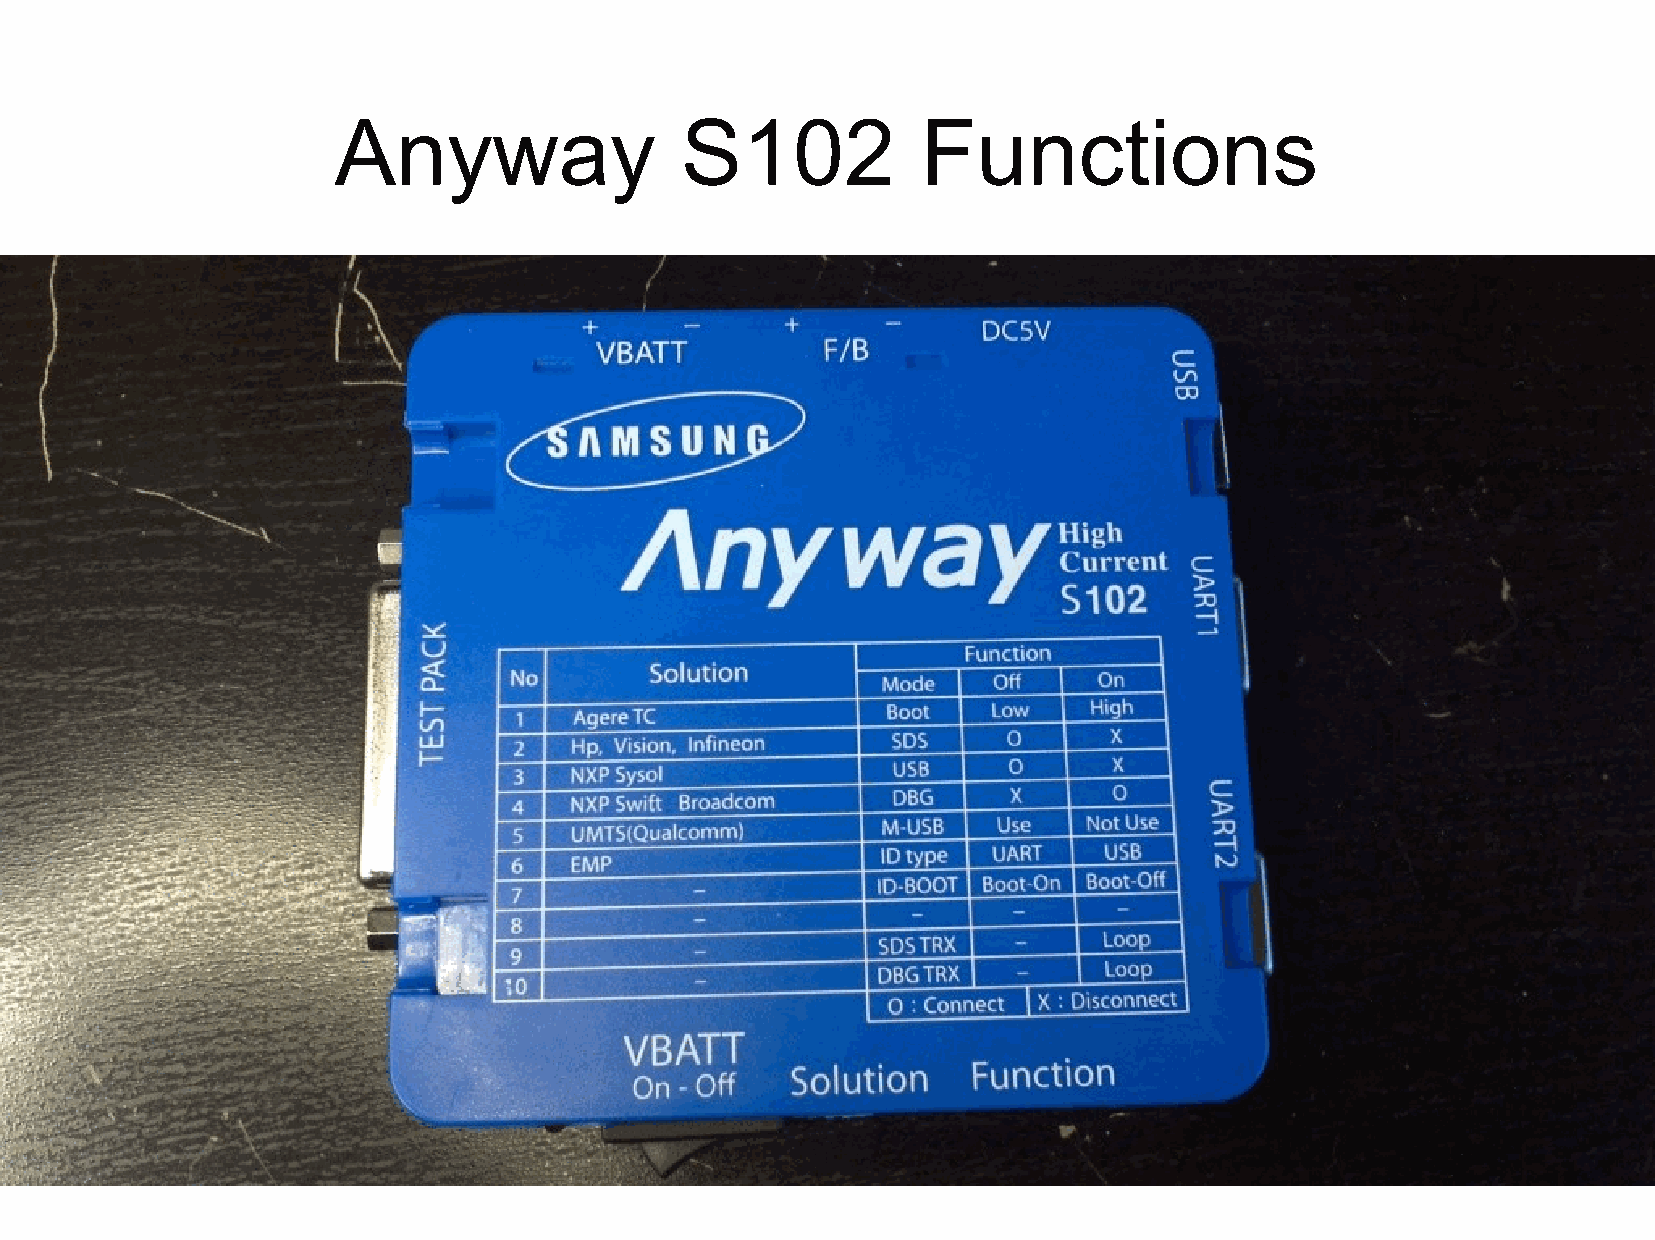
Anyway                 S102            Functions